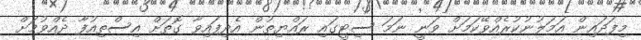
މިފަދައިން އަމަލުނުކުރެއްވޭކަމަށް ވަނީ ނަމަ ސިޓީގައި ރައްޔިތުން އެދިފައިވާ ގޮތަށް އިސްތިއުފާ ދެއްވުމަށް